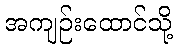
အကျဉ်းထောင်သို့